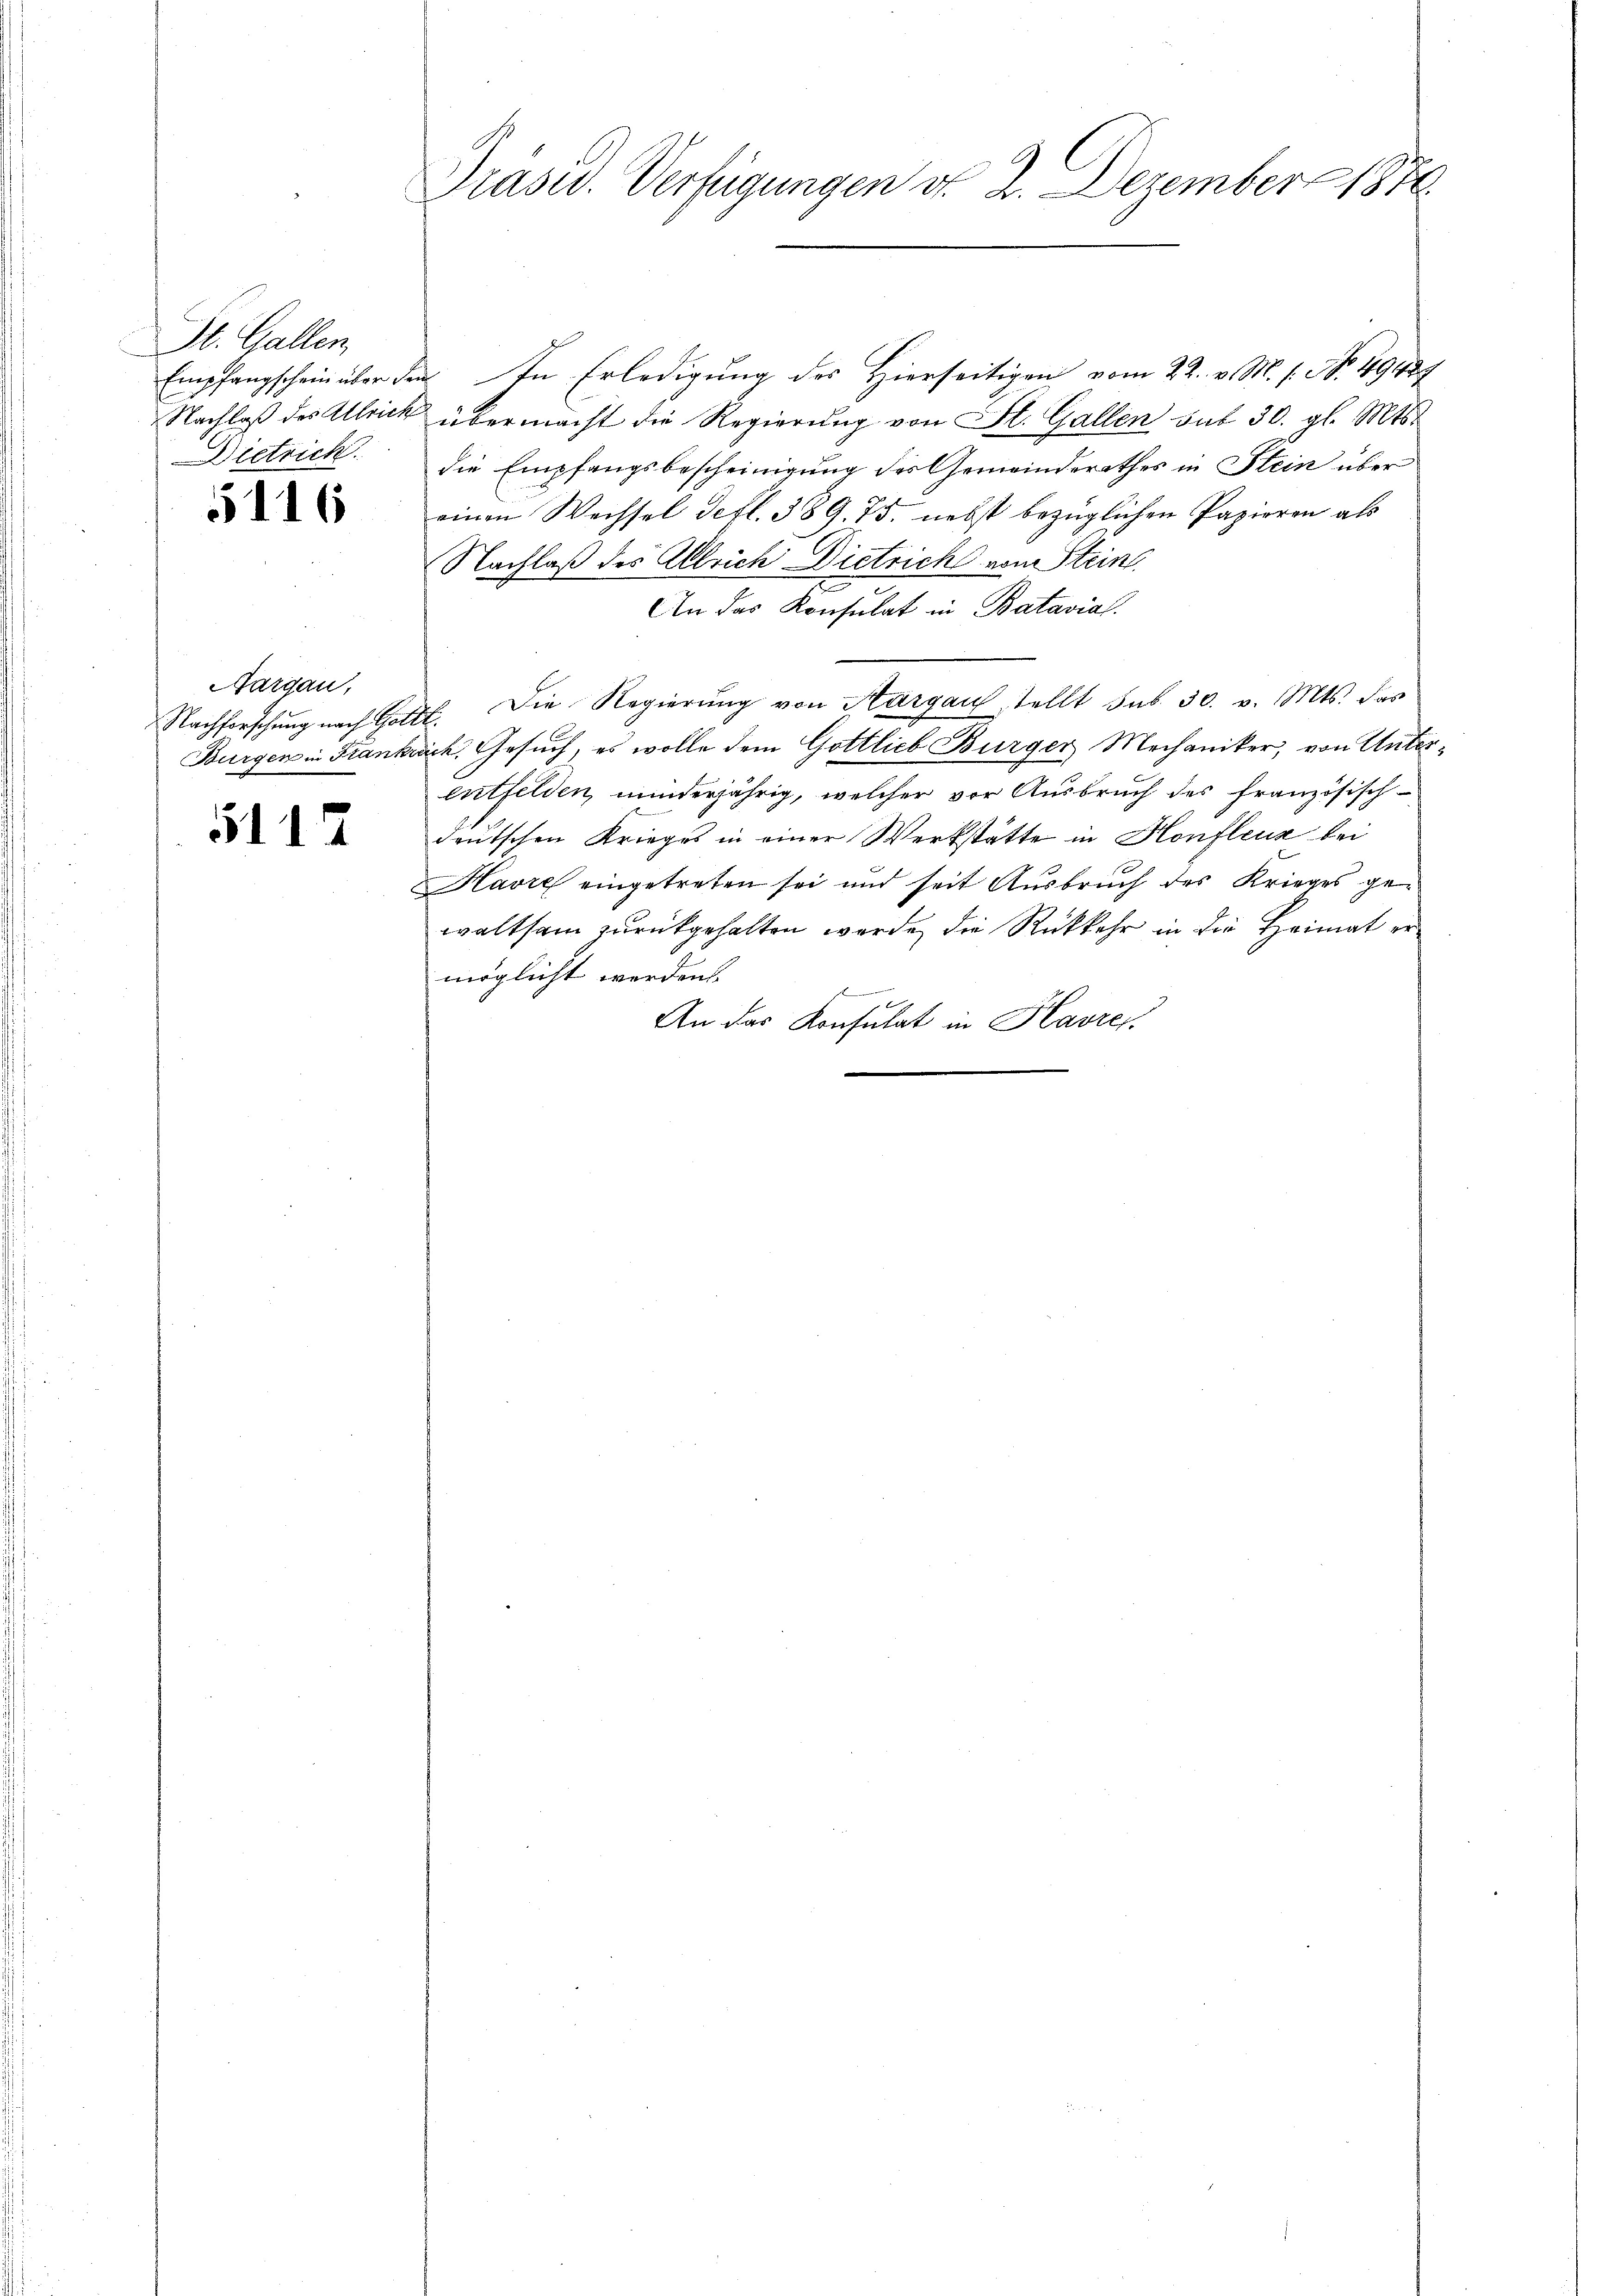
St. Gallen
Dietrich

5116

Aargau,

112

Präsid. Verfügungen d. 2. Dezember 1870

Empfangschein über den In Erledigung des Hierseitigen vom 22. v. M. s. No. 1942
Nachlaß des Ulrich übermacht die Regierŭng von St. Gallen aus 30. gl. Mts.
die Empfangsbescheinigung des Gemeinderathes in Stein über
einen Wechsel defl. 389. 75. nebst bezüglichen Papieren als
Nachlaß des Albrich Dietrich von Stein
An das Konsulat in Batavial
Nachforschŭng nach Gottl. Die Regierŭng von Aargau stellt sub 30. v. Mts. das
Burgen in Frankreich, Gesuch, es wolle dem Gottlieb Bürger Mechaniker, von Unterentfelden, minderjährig, welcher vor Ausbruch des französisch-
deutschen Krieges in einer Werkstätte in Honflenz bei
Havre eingetreten sei und seit Ausbruch des Krieges ge-
waltsam zurückgehalten werde, die Rückkehr in die Heimat er
möglicht werden.
f
An das Konsulat in Havre,